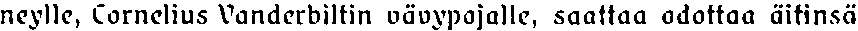
neylle, Cornelius Vanderbiltin vävypojalle, saattaa odottaa äitinsä